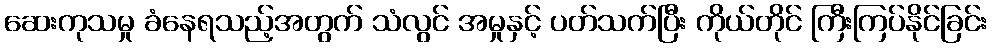
ဆေးကုသမှု ခံနေရသည့်အတွက် သံလွင် အမှုနှင့် ပတ်သက်ပြီး ကိုယ်တိုင် ကြီးကြပ်နိုင်ခြင်း